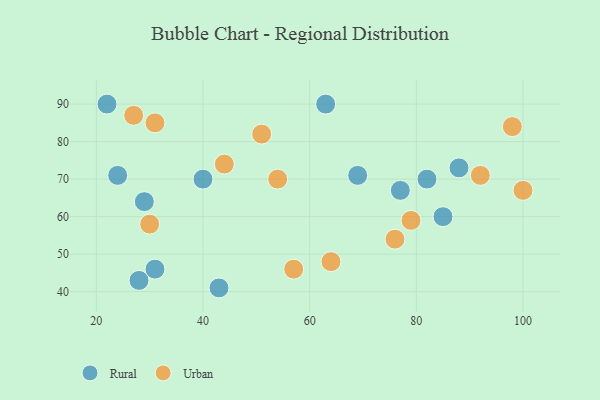
{"axis": {"x": "GDP", "y": "Life Expectancy"}, "legend": ["Rural", "Urban"], "data": [{"x": "28", "y": 43, "type": "Rural"}, {"x": "77", "y": 67, "type": "Rural"}, {"x": "43", "y": 41, "type": "Rural"}, {"x": "88", "y": 73, "type": "Rural"}, {"x": "69", "y": 71, "type": "Rural"}, {"x": "22", "y": 90, "type": "Rural"}, {"x": "24", "y": 71, "type": "Rural"}, {"x": "31", "y": 46, "type": "Rural"}, {"x": "40", "y": 70, "type": "Rural"}, {"x": "63", "y": 90, "type": "Rural"}, {"x": "29", "y": 64, "type": "Rural"}, {"x": "82", "y": 70, "type": "Rural"}, {"x": "85", "y": 60, "type": "Rural"}, {"x": "27", "y": 87, "type": "Urban"}, {"x": "98", "y": 84, "type": "Urban"}, {"x": "30", "y": 58, "type": "Urban"}, {"x": "100", "y": 67, "type": "Urban"}, {"x": "57", "y": 46, "type": "Urban"}, {"x": "92", "y": 71, "type": "Urban"}, {"x": "31", "y": 85, "type": "Urban"}, {"x": "76", "y": 54, "type": "Urban"}, {"x": "54", "y": 70, "type": "Urban"}, {"x": "64", "y": 48, "type": "Urban"}, {"x": "79", "y": 59, "type": "Urban"}, {"x": "44", "y": 74, "type": "Urban"}, {"x": "51", "y": 82, "type": "Urban"}]}